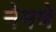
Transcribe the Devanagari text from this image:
नेमणे